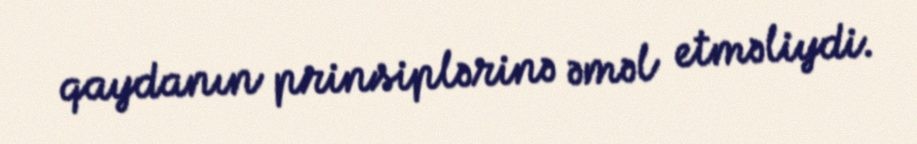
qaydanın prinsiplərinə əməl etməliydi.